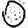
Digit: 0